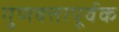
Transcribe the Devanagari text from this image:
गुणवत्तापूर्वक